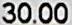
30.00